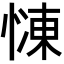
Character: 𢟞